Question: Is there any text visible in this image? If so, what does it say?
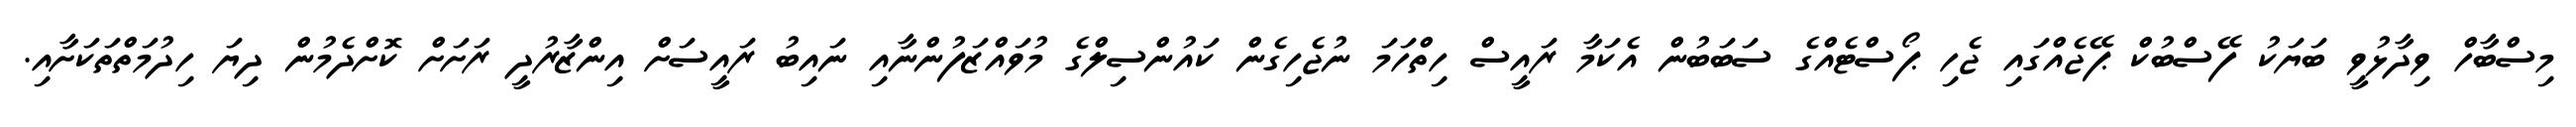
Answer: މިސްބާހް ވިދާޅުވީ ބަޔަކު ފޭސްބުކް ޕޭޖެއްގައި ޖެހި ޕޯސްޓެއްގެ ސަބަބުން އެކަމާ ރައީސް ހިތްހަމަ ނުޖެހިގެން ކައުންސިލްގެ މުވައްޒަފުންނާއި ނައިބު ރައީސަށް އިންޒާރުދީ ރަށަށް ކޮށްދެމުން ދިޔަ ހިދުމަތްތަކަށާއި.